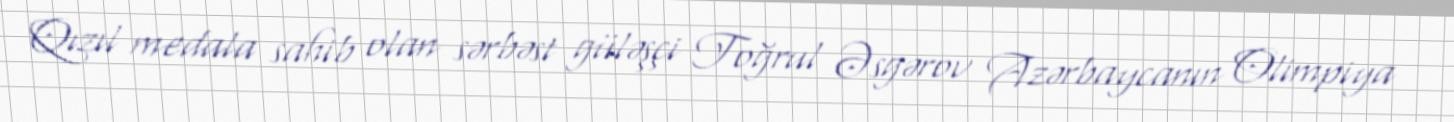
Qızıl medala sahib olan sərbəst güləşçi Toğrul Əsgərov Azərbaycanın Olimpiya